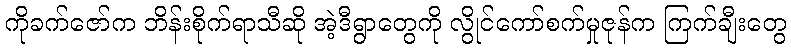
ကိုခက်ဇော်က ဘိန်းစိုက်ရာသီဆို အဲ့ဒီရွာတွေကို လွိုင်ကော်စက်မှုဇုန်က ကြက်ချီးတွေ